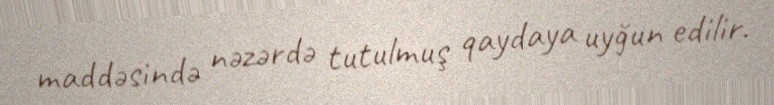
maddəsində nəzərdə tutulmuş qaydaya uyğun edilir.